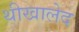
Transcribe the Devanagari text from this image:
थीखालेद